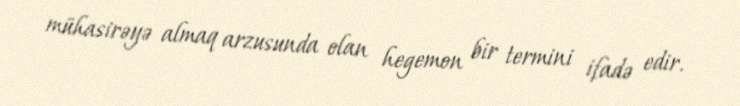
mühasirəyə almaq arzusunda olan hegemon bir termini ifadə edir.